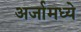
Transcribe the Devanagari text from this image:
अर्जामध्ये